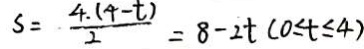
S = \frac { 4 . ( 4 - t ) } { 2 } = 8 - 2 t ( 0 \leq t \leq 4 )